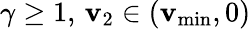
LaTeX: \gamma\geq1,\, \mathbf{v}_{2}\in(\mathbf{v}_{\operatorname*{min}},0)